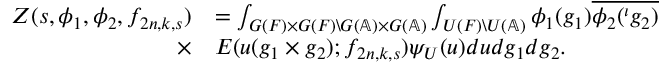
\begin{array} { r l } { Z ( s , \phi _ { 1 } , \phi _ { 2 } , f _ { 2 n , k , s } ) } & { = \int _ { G ( F ) \times G ( F ) \backslash G ( \mathbb { A } ) \times G ( \mathbb { A } ) } \int _ { U ( F ) \backslash U ( \mathbb { A } ) } \phi _ { 1 } ( g _ { 1 } ) \overline { { \phi _ { 2 } ( ^ { \iota } g _ { 2 } ) } } } \\ { \times } & { E ( u ( g _ { 1 } \times g _ { 2 } ) ; f _ { 2 n , k , s } ) \psi _ { U } ( u ) d u d g _ { 1 } d g _ { 2 } . } \end{array}